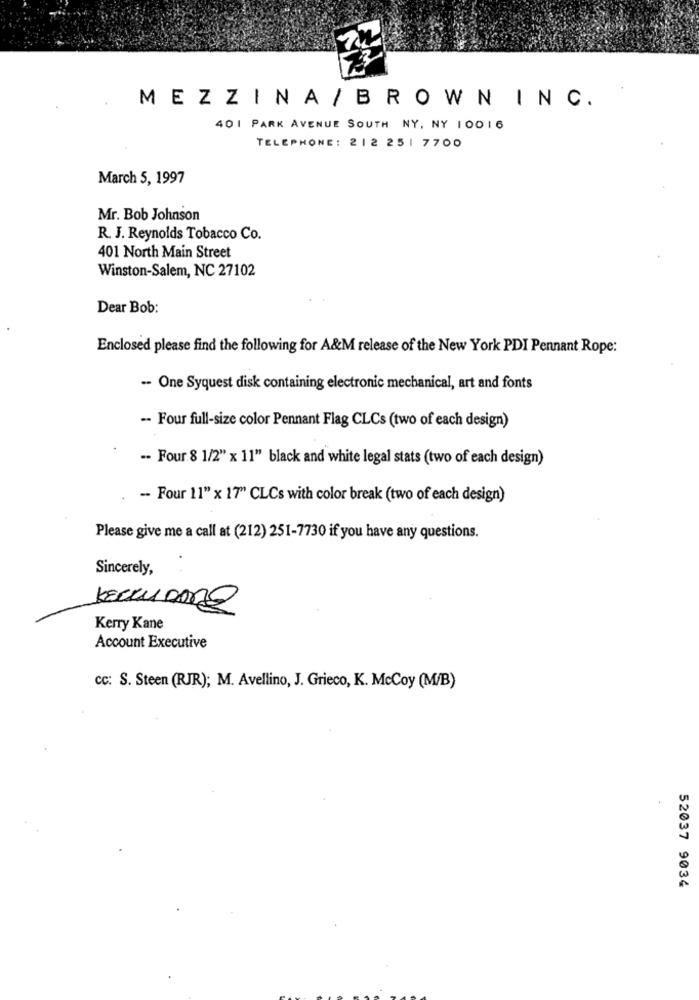
MEZZINA / BROWNINC.
401 PARK AVENUE SOUTH NY, NY 10016
TELEPHONE: 212 251 7700
March 5, 1997
Mr. Bob Johnson
R. J. Reynolds Tobacco Co.
401 North Main Street
Winston-Salem, NC 27102
Dear Bob:
Enclosed please find the following for A&M release of the New York PDI Pennant Rope:
-- One Syquest disk containing electronic mechanical, art and fonts
-- Four full-size color Pennant Flag CLCs (two of each design)
-- Four 8 1/2" x 11" black and white legal stats (two of each design)
-- Four 11" x 17" CLCs with color break (two of each design)
Please give me a call at (212) 251-7730 if you have any questions.
Sincerely,
. .
Kerry Kane
Account Executive
cc: S. Steen (RJR); M. Avellino, J. Grieco, K. McCoy (M/B)
52037 9034